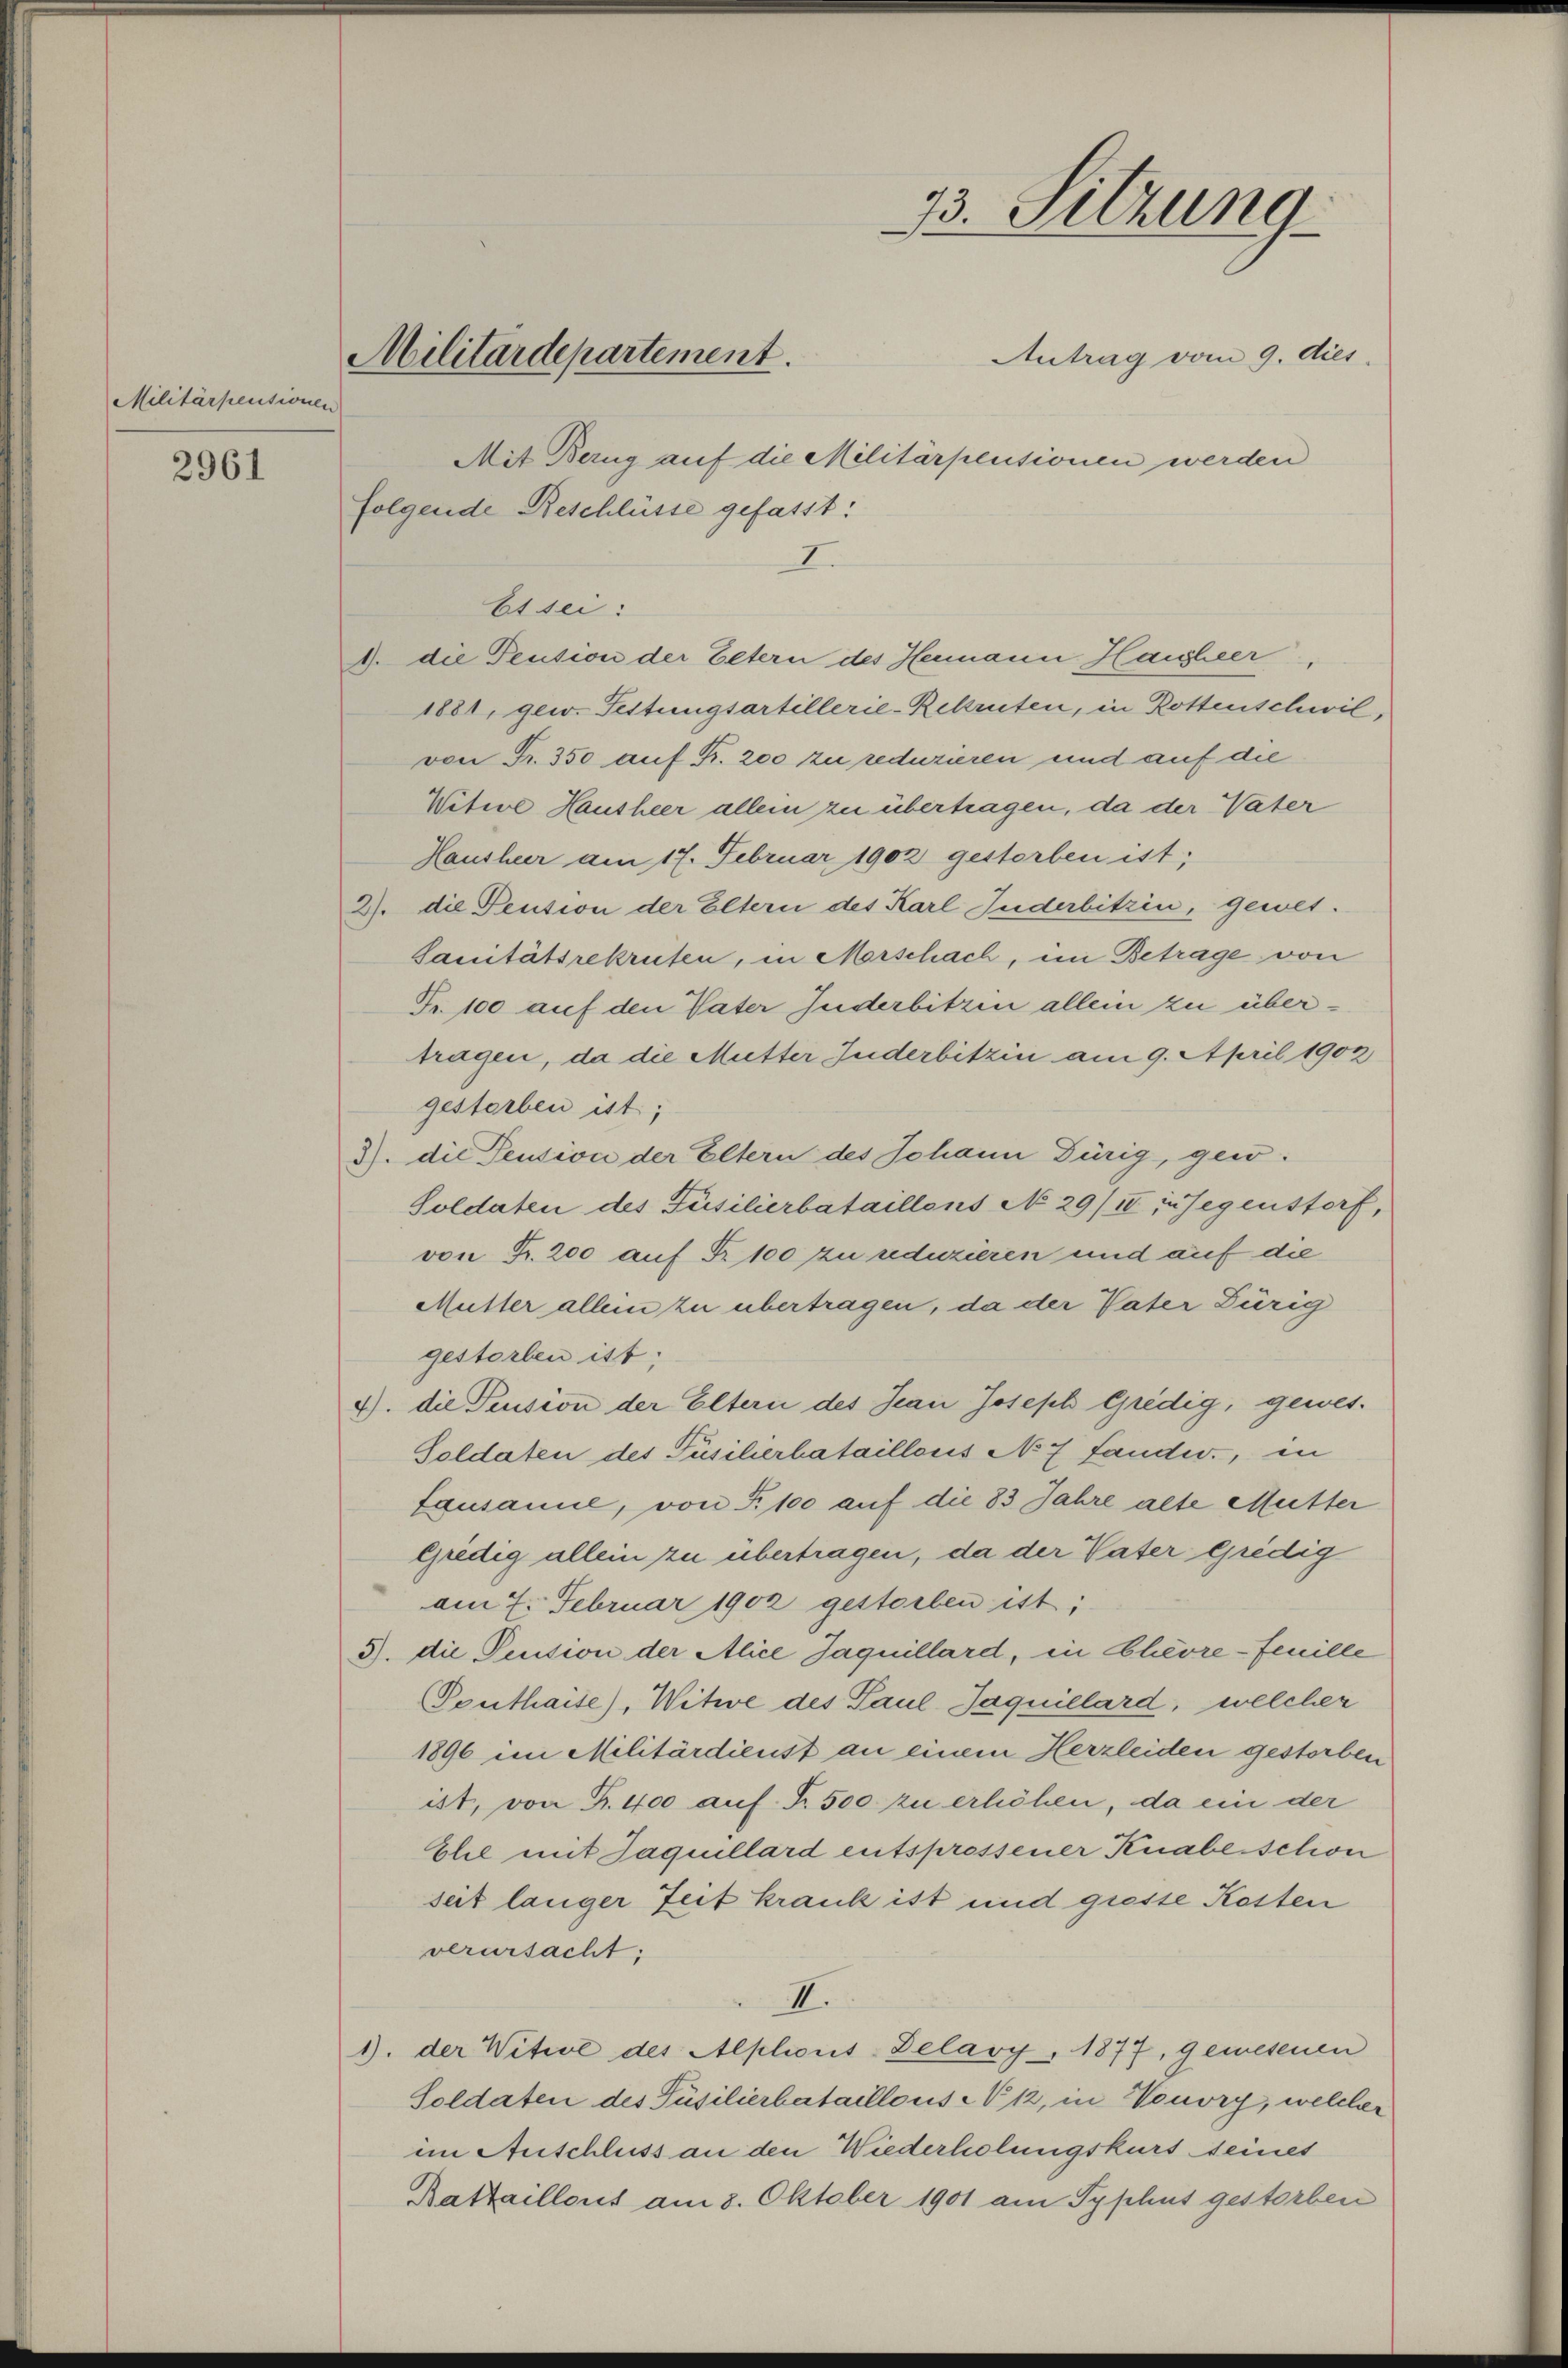
Militärpensionen

2961

Militärdepartement.

Antrag vom 9. dies
Mit Bezug auf die Militärpensionen werden
folgende Beschlüsse gefasst:
I
Etsei
9. die Pension der Eltern des Hermann Hausheer,
1881, gew. Fettungsartillerie-Rekruten, in Rottenschwil,
von Fr. 350 auf Fr. 200 zu reduzieren und auf die
Witwe Hausheer allein zu übertragen, da der Vater
Hausheer am 17. Februar 1902 gestorben ist;
2. die Pension der Eltern des Karl Inderbitzin, gewes¬
Sanitätsrekruten, in Morschach, im Betrage von
Fr. 100 auf den Vater Inderbitzen allein zu übertragen, da die Mutter Juderbitzin am 9. April 1902
gestorben ist;
2. die Pension der Eltern des Johann Dürig, gew
Soldaten des Füsilierbataillons No 29/II in Gegenstorf,
von Fr. 200 auf Fr. 100 zu reduzieren und auf die
Mutter allein zu übertragen, da der Vater Dürig
gestorben ist;
4) die Pension der Eltern des Jean Joseph Gredig, gewes¬
Soldaten des Füscherbataillons No 7 Landw., in
Lausanie, von F. 100 auf die 83 Jahre alte Mutter
Gredig allein zu übertragen, da der Vater Gredig
am 7. Februar 1902 gestorben ist;
3. die Pension der Alice Jaquillard, in Cheore-fenille
Pouthaise), Witwe des Paul Jaquillard, welcher
1896 im Militärdienst an einem Herzleiden gestorben
ist, von Fr. 400 auf S. 500 zu erhöhen, da ein der
Elie mit Jaquillard entspressener Knabe schon
seit langer Zeit krank ist und giesse Kosten
verursacht:
II.
1). der Witwe des Alplions-Delary 1877, gewesenen
Soldaten des Püsilierbataillons N 12, in Vouvry, welcher
im Anschluss an den Wiederholungskurs seines
Battaillons am 8. Oktober 1901 am Typhus gestorben

73. Sitzung